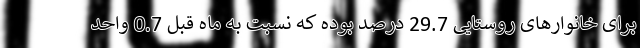
برای خانوارهای روستایی 29.7 درصد بوده که نسبت به ماه قبل 0.7 واحد